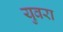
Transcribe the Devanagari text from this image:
युवरा